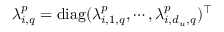
\lambda _ { i , q } ^ { p } = \mathrm { d i a g } ( \lambda _ { i , 1 , q } ^ { p } , \cdots , \lambda _ { i , d _ { u } , q } ^ { p } ) ^ { \top }